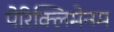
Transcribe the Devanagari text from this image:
पेरिक्लिमेनम